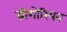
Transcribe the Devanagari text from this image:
ग्रीगोरियन